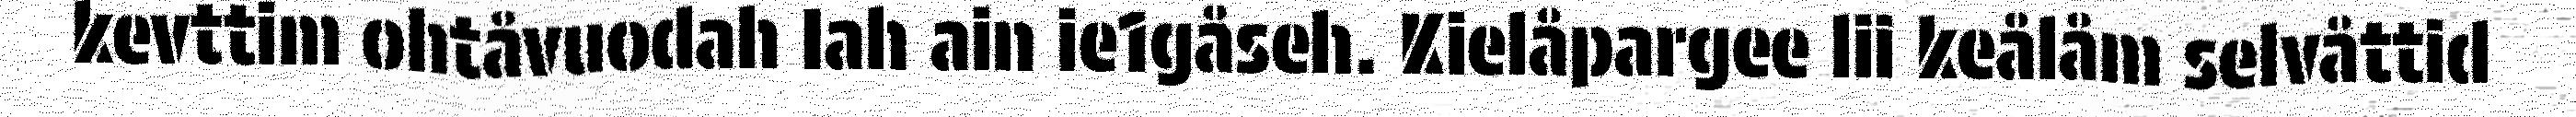
kevttim ohtåvuodah Iah ain ie1gåseh. Kielåpargee lii keålåm selvåttid